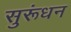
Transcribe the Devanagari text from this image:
सुरूंधन